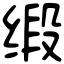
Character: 缎